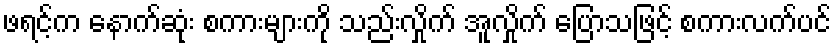
ဖရင့်က နောက်ဆုံး စကားများကို သည်းလှိုက် အူလှိုက် ပြောသဖြင့် စကားလက်ပင်